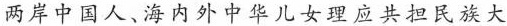
两岸中国人、海内外中华儿女理应共担民族大